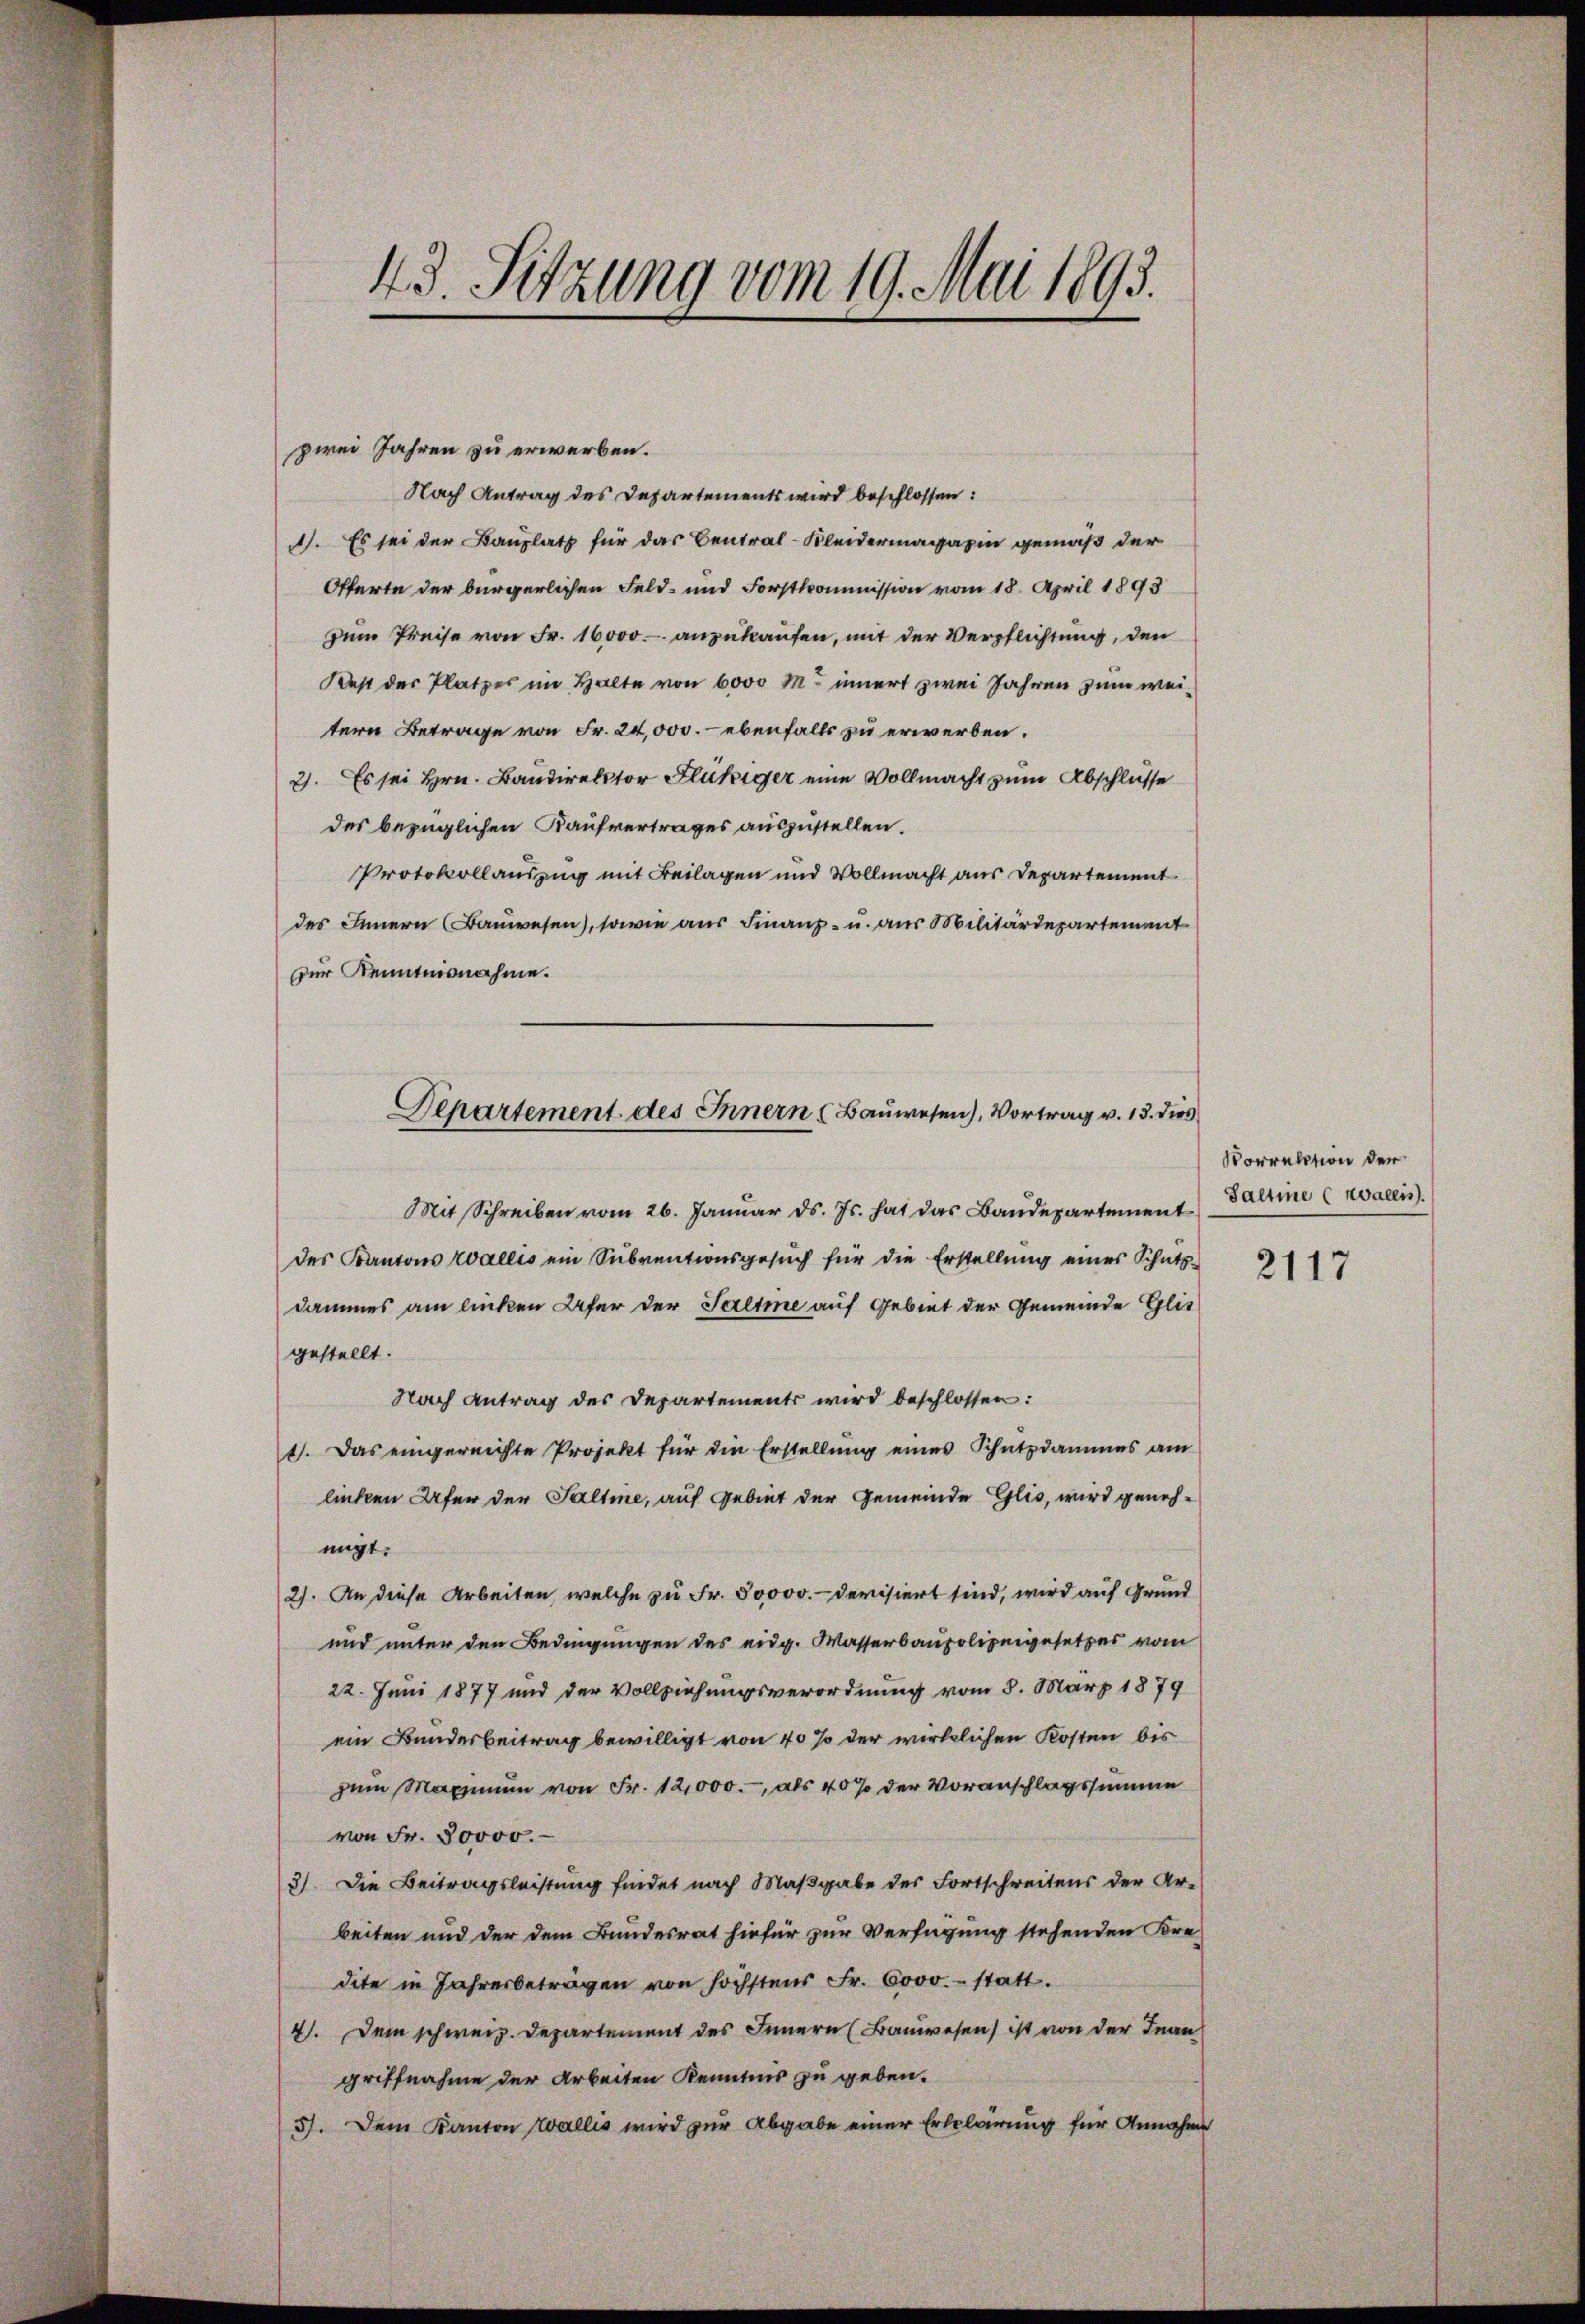
43. Sitzung vom 19. Mai 1893.

zwei Jahren zu erwerben.
Nach Antrag des Departements wird beschlossen:
. Es sei der Bauplatz für das Central-Kleidermagazin gemäß der
Offerte der bürgerlichen Feld- und Forstkommission vom 18. April 1893
zum Preise von Fr. 16,000.- anzukaufen, mit der Verpflichtung, den
Kest der Platzer im Halte von 6000 M. innert zwei Jahren zum weitern Betrage von Fr. 24,000.- ebenfalls zu erwerben.
2. Es sei Hrn. Bandirektor Flückiger eine Vollmacht zum Abschlüsse
des bezüglichen Kaufvertrages auszustellen.
Protokollauszug mit Beilagen und Vollmacht aus Departement
des Innern (Bauwesen), sowie aus Finanz- u. aus Militärdepartement
zur Kenntnisnahme.
Mit Schreiben vom 26. Januar d. Js. hat das Baudepartement
des Kantons Wallis ein Subventionsgesuch für die Erstellung eines Schutz-
dammes am linken Ufer der Saltme auf Gebiet der Gemeinde Glit
gestellt.
Nach Antrag des Departements wird beschlossen:
1). Das eingereichte Projekt für die Erstellŭng eines Schutzdammes am
linken Ufer der Saltme, auf Gebiet der Gemeinde Glis, wird genehmigt.
2). An diese Arbeiten, welche zu Fr. 50000.- devisiert sind, wird auf Grund
und unter den Bedingungen des eidg. Wasserbaupolizeigesetzes vom
22. Juni 1877 und der Vollziehungsverordnung vom 8. März 1879
ein Bundesbeitrag bewilligt von 40% der wirklichen Kosten bis
zum Maximum von Fr. 12,000., als 40% der Voranschlagssumme
von Fr. 30000.
3) Die Beitragsleistung findet nach Maßgabe des Fortschreitens der Ar-
beiten und der dem Bundesrat hiefür zur Verfügung stehenden Kre-
dete in Jahresbetragen von höchstens Fr. 6000.- statt.
4). Dem schweiz. Departement des Innern (Bauwesen ist von der Inan
griffnahme der Arbeiten Kenntnis zu geben.
5). Dem Kanton Wallis wird zur Abgabe einer Erklärung für Annahme

Departement des Innern (Bauwesen), Vortrag v. 13. dies

Vorrektion der
Saltine (rvallis).

2117